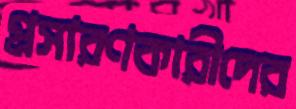
প্রসারণকারীদের